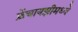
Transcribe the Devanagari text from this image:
फ्रेंचायझीमध्ये